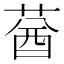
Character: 𦳷